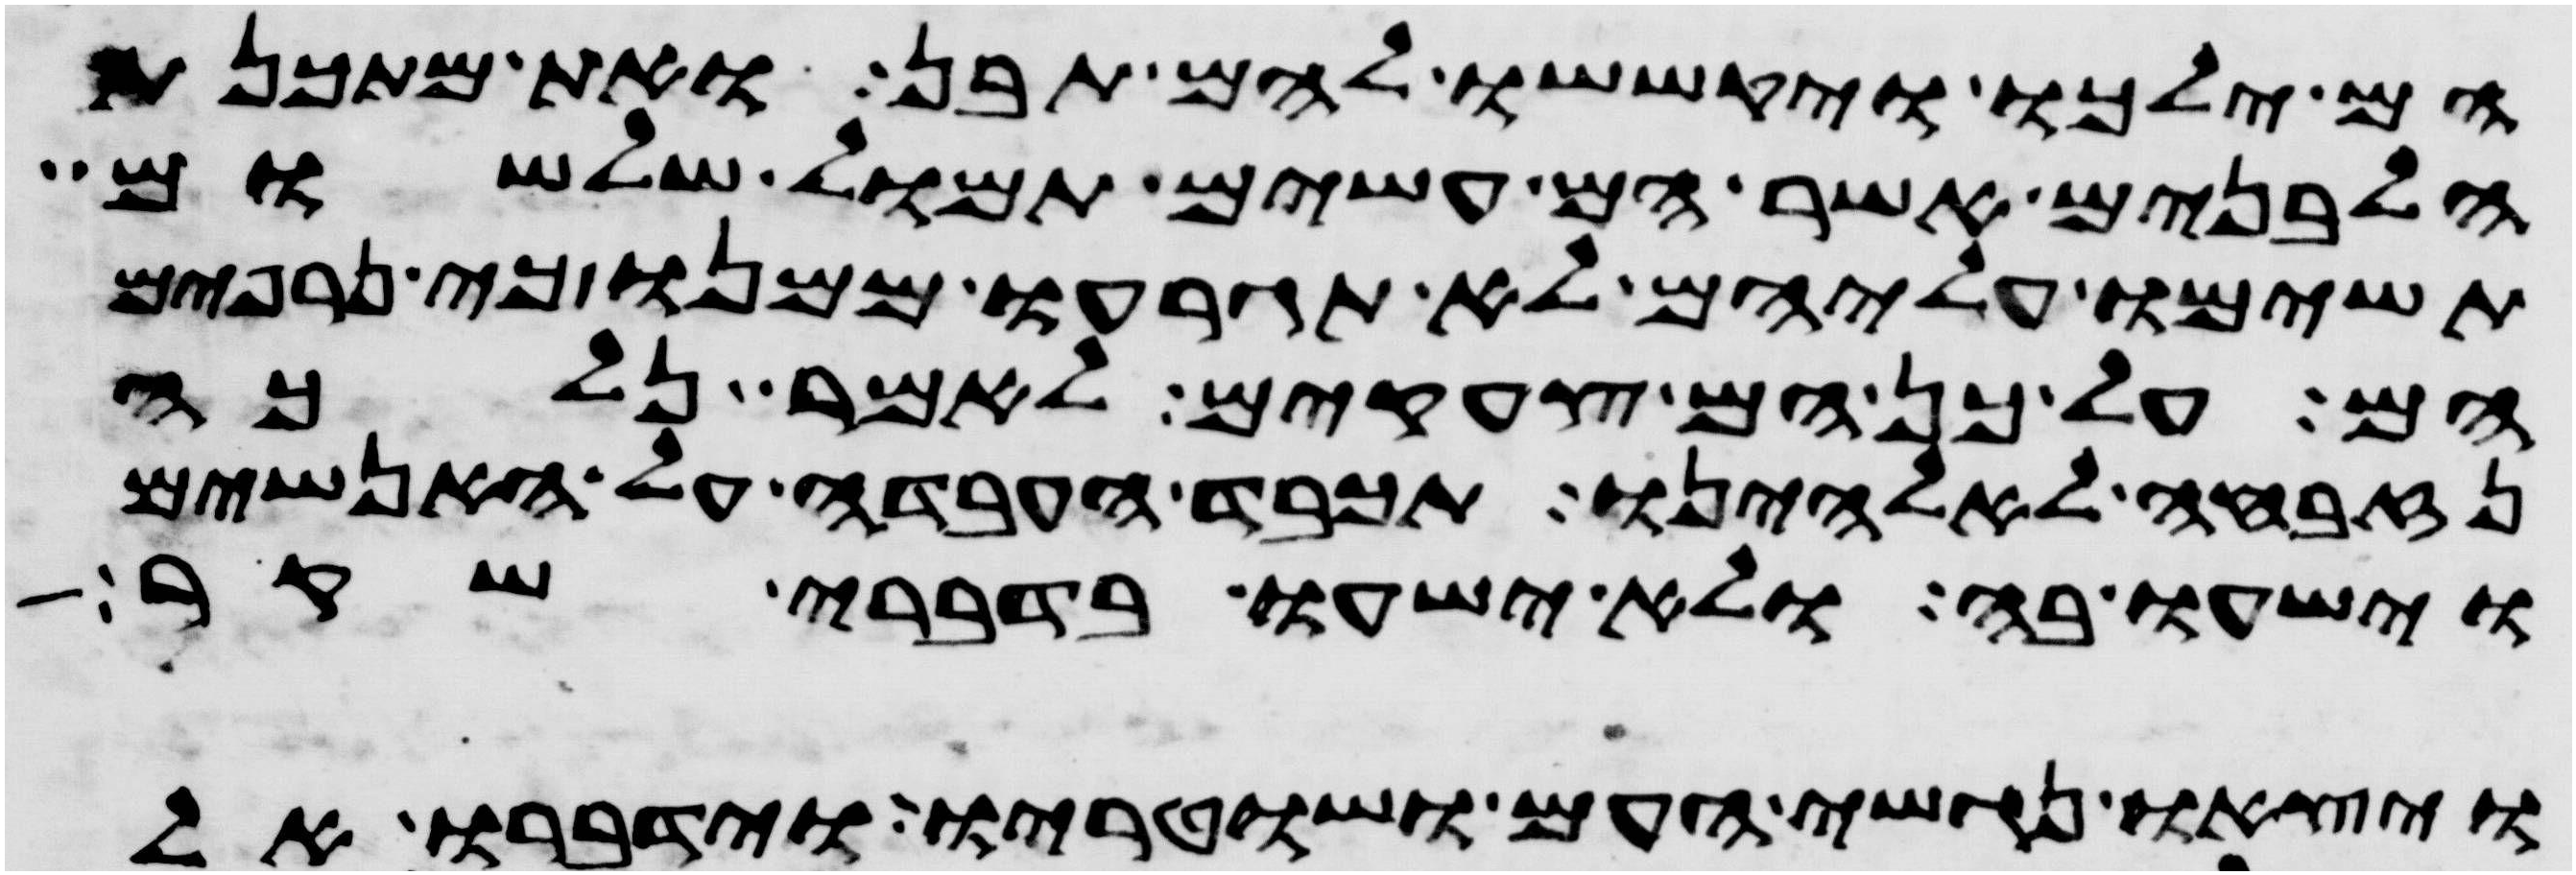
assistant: הם ילכו יקששו להם תבן ואת מתכנת
הלבנים אשר הם עשים תמול שלשום
תשימו עליהם לא תגרעו ממנו כי נרפים
הם על כן הם צעקים לאמר נלכה
נזבחה לאלהינו תכבד העבדה על האנשים
וישעו בה ולא ישעו בדברי שקר
ויצאו נגשי העם ושוטריו וידברו אל